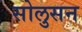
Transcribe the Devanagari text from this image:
सोलुसन